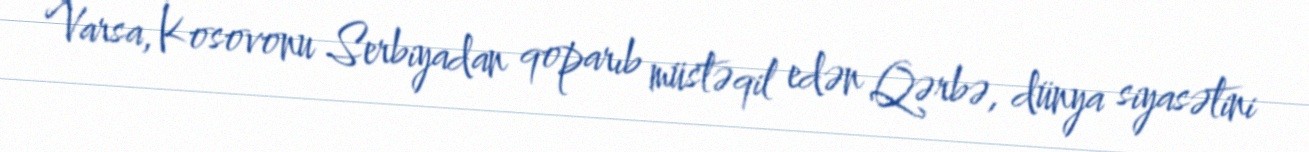
Varsa, Kosovonu Serbiyadan qoparıb müstəqil edən Qərbə, dünya siyasətini